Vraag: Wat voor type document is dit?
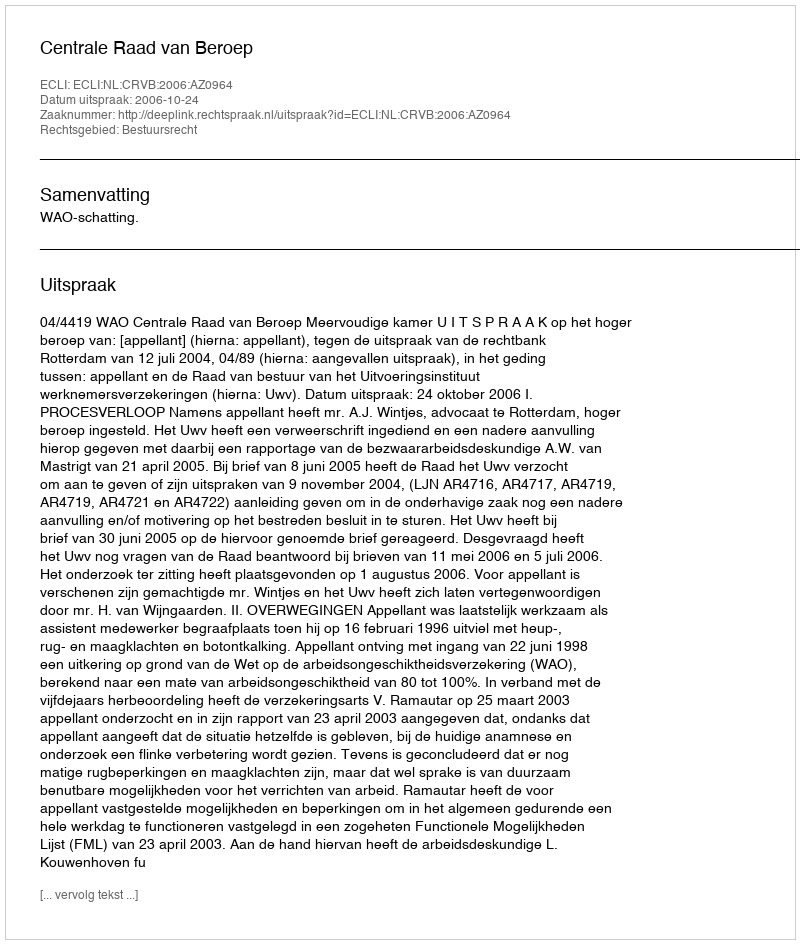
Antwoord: Uitspraak